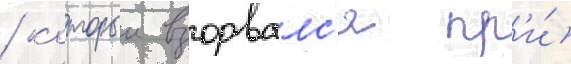
/ которыи взорвалс'я пр'и́